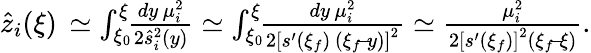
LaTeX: \begin{array}{r}{\hat{z}_{i}(\xi)\, \simeq\int_{\xi_{0}}^{\xi}\! \! \frac{dy\, \mu_{i}^{2}}{2\hat{s}_{i}^{2}(y)}\simeq\int_{\xi_{0}}^{\xi}\! \! \frac{dy\, \mu_{i}^{2}}{2\left[s^{\prime}(\xi_{f})\, (\xi_{f}\! -\! y)\right]^{2}}\simeq\frac{\mu_{i}^{2}}{2\left[s^{\prime}(\xi_{f})\right]^{2}(\xi_{f}\! -\! \xi)}.}\end{array}